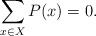
LaTeX: \begin{align*}\sum_{x\in X} P(x) = 0.\end{align*}